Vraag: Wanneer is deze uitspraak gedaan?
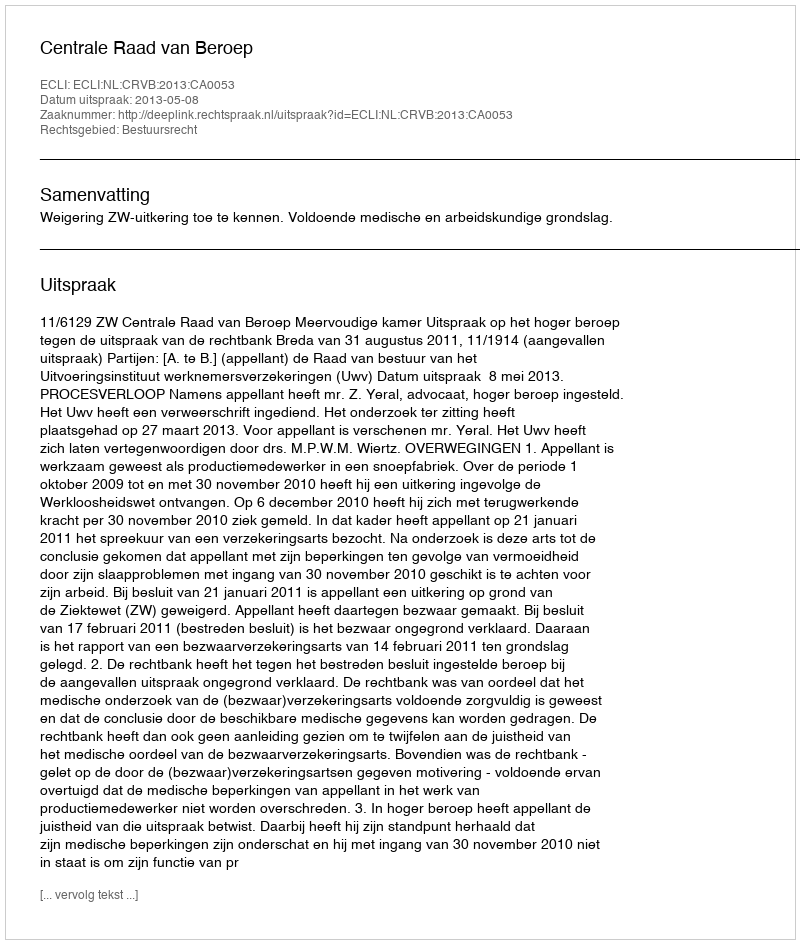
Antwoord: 2013-05-08